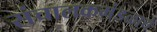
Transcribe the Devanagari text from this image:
संचालकमंडळाचे